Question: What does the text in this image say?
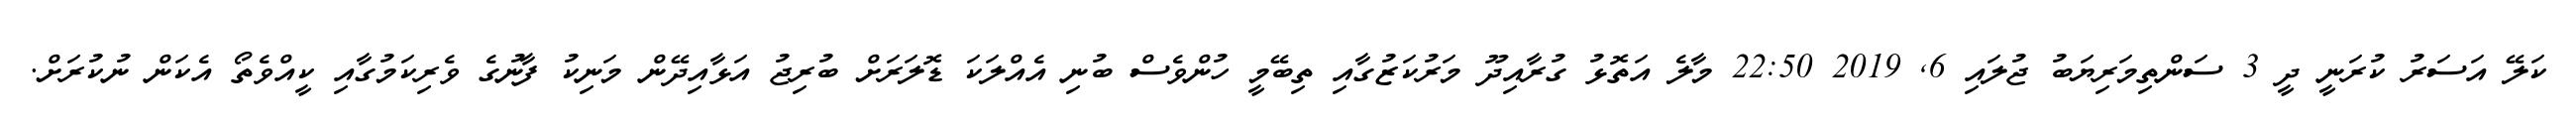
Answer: ކަލޭ އަސަރު ކުރަނީ ދީ 3 ސަންތިމަރިޔަބު ޖުލައި 6, 2019 22:50 މާލެ އަތޮޅު ގުރާއިދޫ މަރުކަޒުގާއި ތިބޭމީ ހުންވެސް ބުނި އެއްލަކަ ޑޮލަރަށް ބުރިޖު އަޅާއިދޭން މަނިކު ފާނުގެ ވެރިކަމުގާއި ކީއްވެތޯ އެކަން ނުކުރަށް.